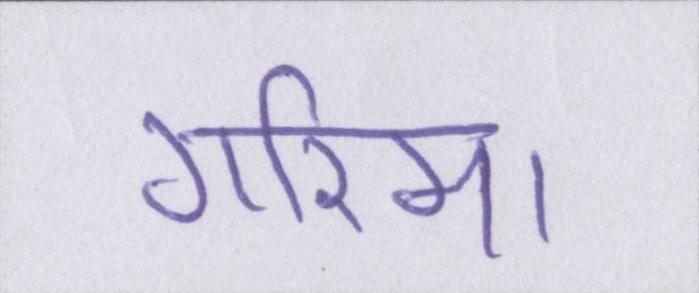
गरिमा